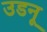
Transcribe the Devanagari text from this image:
उडनू